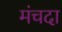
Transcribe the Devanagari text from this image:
मंचदा